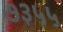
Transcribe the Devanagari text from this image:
७३५५